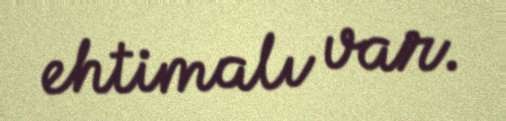
ehtimalı var.